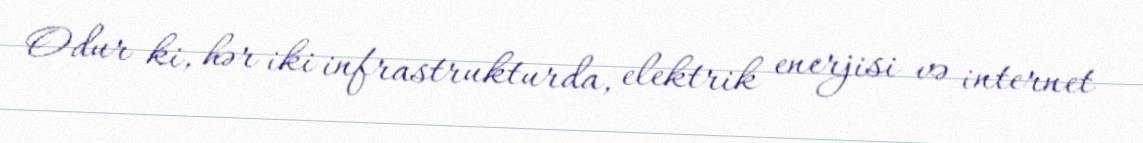
Odur ki, hər iki infrastrukturda, elektrik enerjisi və internet